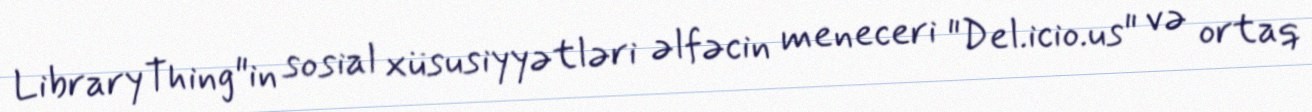
LibraryThing"in sosial xüsusiyyətləri əlfəcin meneceri "Del.icio.us" və ortaq